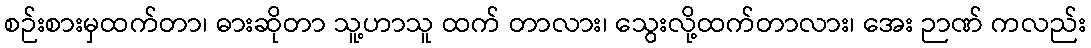
စဉ်းစားမှထက်တာ၊ ဓားဆိုတာ သူ့ဟာသူ ထက် တာလား၊ သွေးလို့ထက်တာလား၊ အေး ဉာဏ် ကလည်း